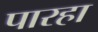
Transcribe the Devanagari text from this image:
पारहा